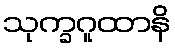
သုက္ခဂူထာနိ